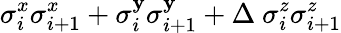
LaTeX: \sigma_{i}^{x}\sigma_{i+1}^{x}+\sigma_{i}^{\mathbf{y}}\sigma_{i+1}^{\mathbf{y}}+\Delta~\sigma_{i}^{z}\sigma_{i+1}^{z}